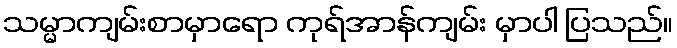
သမ္မာကျမ်းစာမှာရော ကုရ်အာန်ကျမ်း မှာပါ ပြသည်။